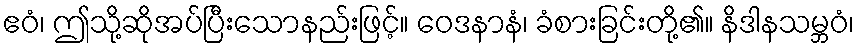
ဧဝံ၊ ဤသို့ဆိုအပ်ပြီးသောနည်းဖြင့်။ ဝေဒနာနံ၊ ခံစားခြင်းတို့၏။ နိဒါနသမ္ဘဝံ၊